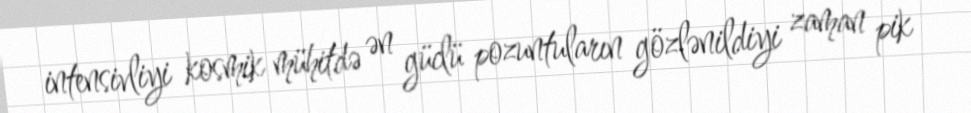
intensivliyi kosmik mühitdə ən güclü pozuntuların gözlənildiyi zaman pik